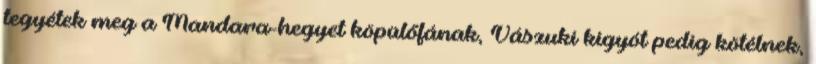
tegyétek meg a Mandara-hegyet köpülőfának, Vászuki kígyót pedig kötélnek,